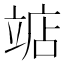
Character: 𫁥